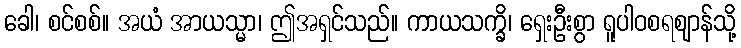
ခေါ၊ စင်စစ်။ အယံ အာယသ္မာ၊ ဤအရှင်သည်။ ကာယသက္ခိ၊ ရှေးဦးစွာ ရူပါဝစရဈာန်သို့